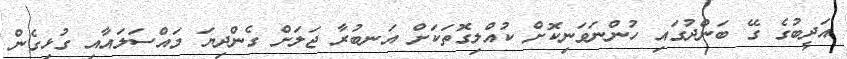
އަދީބުގެ ގޭ ބަންދުގައި ހުންނަވަނިކޮށް ކުއްލިގޮތަކަށް އަނބުރާ ޖަލަށް ގެންދިޔަ މައްސަލައާއި ގުޅިގެން